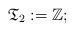
LaTeX: \begin{align*} \mathfrak{T}_2:=\mathbb{Z};\end{align*}